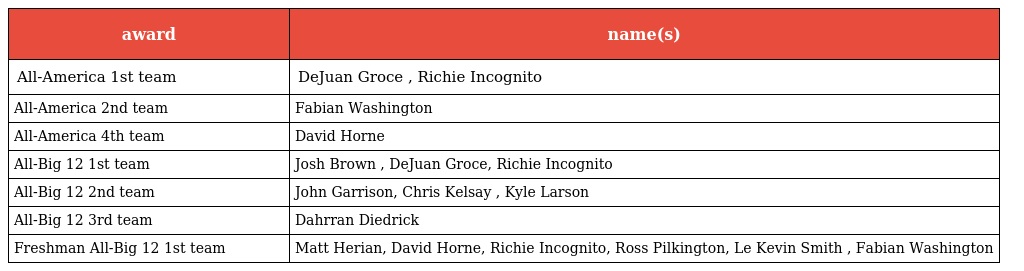
| award | name(s) |
 | --- | --- |
 | All-America 1st team | DeJuan Groce , Richie Incognito |
 | All-America 2nd team | Fabian Washington |
 | All-America 4th team | David Horne |
 | All-Big 12 1st team | Josh Brown , DeJuan Groce, Richie Incognito |
 | All-Big 12 2nd team | John Garrison, Chris Kelsay , Kyle Larson |
 | All-Big 12 3rd team | Dahrran Diedrick |
 | Freshman All-Big 12 1st team | Matt Herian, David Horne, Richie Incognito, Ross Pilkington, Le Kevin Smith , Fabian Washington |